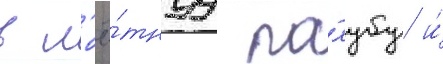
в л'ё́тнуу па́лубу и́